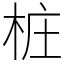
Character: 桩